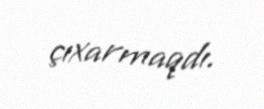
çıxarmaqdı.